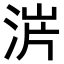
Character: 𣵙